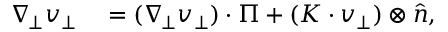
\begin{array} { r l } { \nabla _ { \! \bot } v _ { \bot } } & { { } = ( \nabla _ { \! \bot } v _ { \bot } ) \cdot \Pi + ( K \cdot v _ { \bot } ) \otimes \widehat { n } , } \end{array}